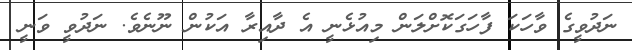
ނަދުވީގެ ވާހަކަ ފާހަގަކޮށްލަން މިއުޅެނީ އެ ދާއިރާ އަކުން ނޫނެވެ. ނަދުވީ ވަނީ